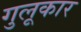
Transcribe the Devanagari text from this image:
गुलूकार